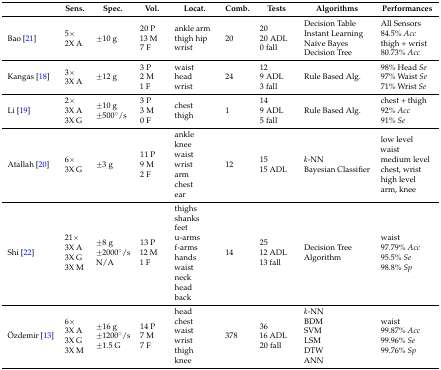
<table><thead><tr><td></td><td><b>Sens.</b></td><td><b>Spec.</b></td><td><b>Vol.</b></td><td><b>Locat.</b></td><td><b>Comb.</b></td><td><b>Tests</b></td><td><b>Algorithms</b></td><td><b>Performances</b></td></tr></thead><tbody><tr><td>Bao [21]</td><td>5× 2X A</td><td>±10 g</td><td>20 P 13 M 7 F</td><td>ankle arm thigh hip wrist</td><td>20</td><td>20 20 ADL 0 fall</td><td>Decision Table Instant Learning Naïve Bayes Decision Tree</td><td>All Sensors 84.5% <i>Acc</i>thigh + wrist 80.73% <i>Acc</i></td></tr><tr><td>Kangas [18]</td><td>3× 3X A</td><td>±12 g</td><td>3 P 2 M 1 F</td><td>waist head wrist</td><td>24</td><td>12 9 ADL 3 fall</td><td>Rule Based Alg.</td><td>98% Head <i>Se</i>97% Waist <i>Se</i>71% Wrist <i>Se</i></td></tr><tr><td>Li [19]</td><td>2× 3X A 3X G</td><td>±10 g ±500°/s</td><td>3 P 3 M 0 F</td><td>chest thigh</td><td>1</td><td>14 9 ADL5 fall</td><td>Rule Based Alg.</td><td>chest + thigh 92% <i>Acc</i>91% <i>Se</i></td></tr><tr><td>Atallah [20]</td><td>6× 3X G</td><td>±3 g</td><td>11 P 9 M 2 F</td><td>ankle knee waist wrist arm chest ear</td><td>12</td><td>15 15 ADL</td><td><i>k</i>-NN Bayesian Classifier</td><td>low level waist medium level chest, wrist high level arm, knee</td></tr><tr><td>Shi [22]</td><td>21× 3X A 3X G 3X M</td><td>±8 g ±2000°/sN/A</td><td>13 P 12 M 1 F</td><td>thighs shanks feet u-arms f-arms hands waist neck head back</td><td>14</td><td>25 12 ADL 13 fall</td><td>Decision Tree Algorithm</td><td>waist 97.79% <i>Acc</i>95.5% <i>Se</i>98.8% <i>Sp</i></td></tr><tr><td>Özdemir [13]</td><td>6× 3X A 3X G 3X M</td><td>±16 g ±1200°/s ±1.5 G</td><td>14 P 7 M 7 F</td><td>head chest waist wrist thigh knee</td><td>378</td><td>36 16 ADL 20 fall</td><td><i>k</i>-NN BDM SVM LSM DTW ANN</td><td>waist 99.87% <i>Acc</i>99.96% <i>Se</i>99.76% <i>Sp</i></td></tr></tbody></table>